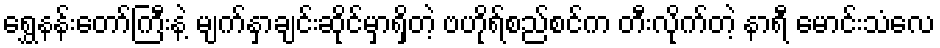
ရွှေနန်းတော်ကြီးနဲ့ မျက်နှာချင်းဆိုင်မှာရှိတဲ့ ဗဟိုရ်စည်စင်က တီးလိုက်တဲ့ နာရီ မောင်းသံလေ